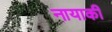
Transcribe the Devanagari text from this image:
नायाकी